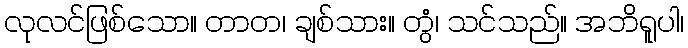
လုလင်ဖြစ်သော။ တာတ၊ ချစ်သား။ တွံ၊ သင်သည်။ အဘိရူပါ၊